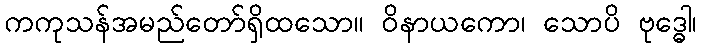
ကကုသန်အမည်တော်ရှိထသော။ ဝိနာယကော၊ သောပိ ဗုဒ္ဓေါ၊